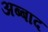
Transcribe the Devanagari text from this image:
अब्बाद